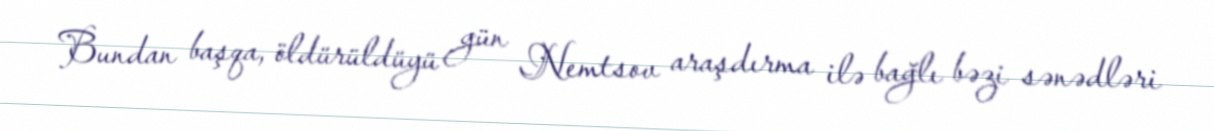
Bundan başqa, öldürüldüyü gün Nemtsov araşdırma ilə bağlı bəzi sənədləri